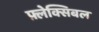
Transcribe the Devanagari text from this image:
फ़्लेक्सिबल